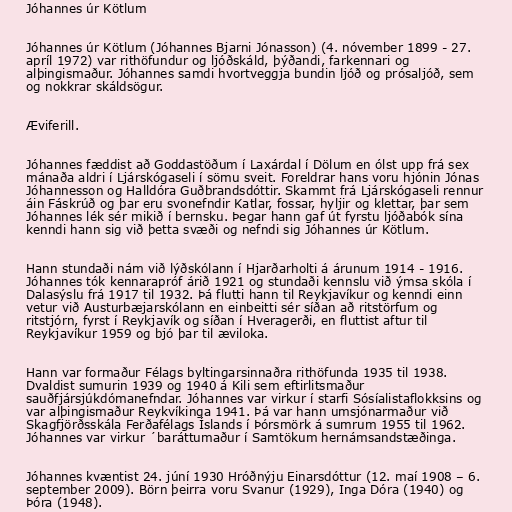
Jóhannes úr Kötlum

Jóhannes úr Kötlum (Jóhannes Bjarni Jónasson) (4. nóvember 1899 - 27.
apríl 1972) var rithöfundur og ljóðskáld, þýðandi, farkennari og
alþingismaður. Jóhannes samdi hvortveggja bundin ljóð og prósaljóð, sem
og nokkrar skáldsögur.

Æviferill.

Jóhannes fæddist að Goddastöðum í Laxárdal í Dölum en ólst upp frá sex
mánaða aldri í Ljárskógaseli í sömu sveit. Foreldrar hans voru hjónin Jónas
Jóhannesson og Halldóra Guðbrandsdóttir. Skammt frá Ljárskógaseli rennur
áin Fáskrúð og þar eru svonefndir Katlar, fossar, hyljir og klettar, þar sem
Jóhannes lék sér mikið í bernsku. Þegar hann gaf út fyrstu ljóðabók sína
kenndi hann sig við þetta svæði og nefndi sig Jóhannes úr Kötlum.

Hann stundaði nám við lýðskólann í Hjarðarholti á árunum 1914 - 1916.
Jóhannes tók kennarapróf árið 1921 og stundaði kennslu við ýmsa skóla í
Dalasýslu frá 1917 til 1932. Þá flutti hann til Reykjavíkur og kenndi einn
vetur við Austurbæjarskólann en einbeitti sér síðan að ritstörfum og
ritstjórn, fyrst í Reykjavík og síðan í Hveragerði, en fluttist aftur til
Reykjavíkur 1959 og bjó þar til æviloka.

Hann var formaður Félags byltingarsinnaðra rithöfunda 1935 til 1938.
Dvaldist sumurin 1939 og 1940 á Kili sem eftirlitsmaður
sauðfjársjúkdómanefndar. Jóhannes var virkur í starfi Sósíalistaflokksins og
var alþingismaður Reykvíkinga 1941. Þá var hann umsjónarmaður við
Skagfjörðsskála Ferðafélags Íslands í Þórsmörk á sumrum 1955 til 1962.
Jóhannes var virkur ´baráttumaður í Samtökum hernámsandstæðinga.

Jóhannes kvæntist 24. júní 1930 Hróðnýju Einarsdóttur (12. maí 1908 – 6.
september 2009). Börn þeirra voru Svanur (1929), Inga Dóra (1940) og
Þóra (1948).